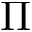
\Pi